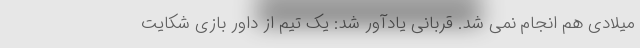
میلادی هم انجام نمی شد. قربانی یادآور شد: یک تیم از داور بازی شکایت